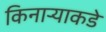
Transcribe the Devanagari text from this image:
किनाऱ्याकडे